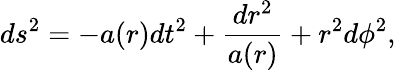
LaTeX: ds^{2}=-a(r)dt^{2}+\frac{dr^{2}}{a(r)}+r^{2}d\phi^{2},